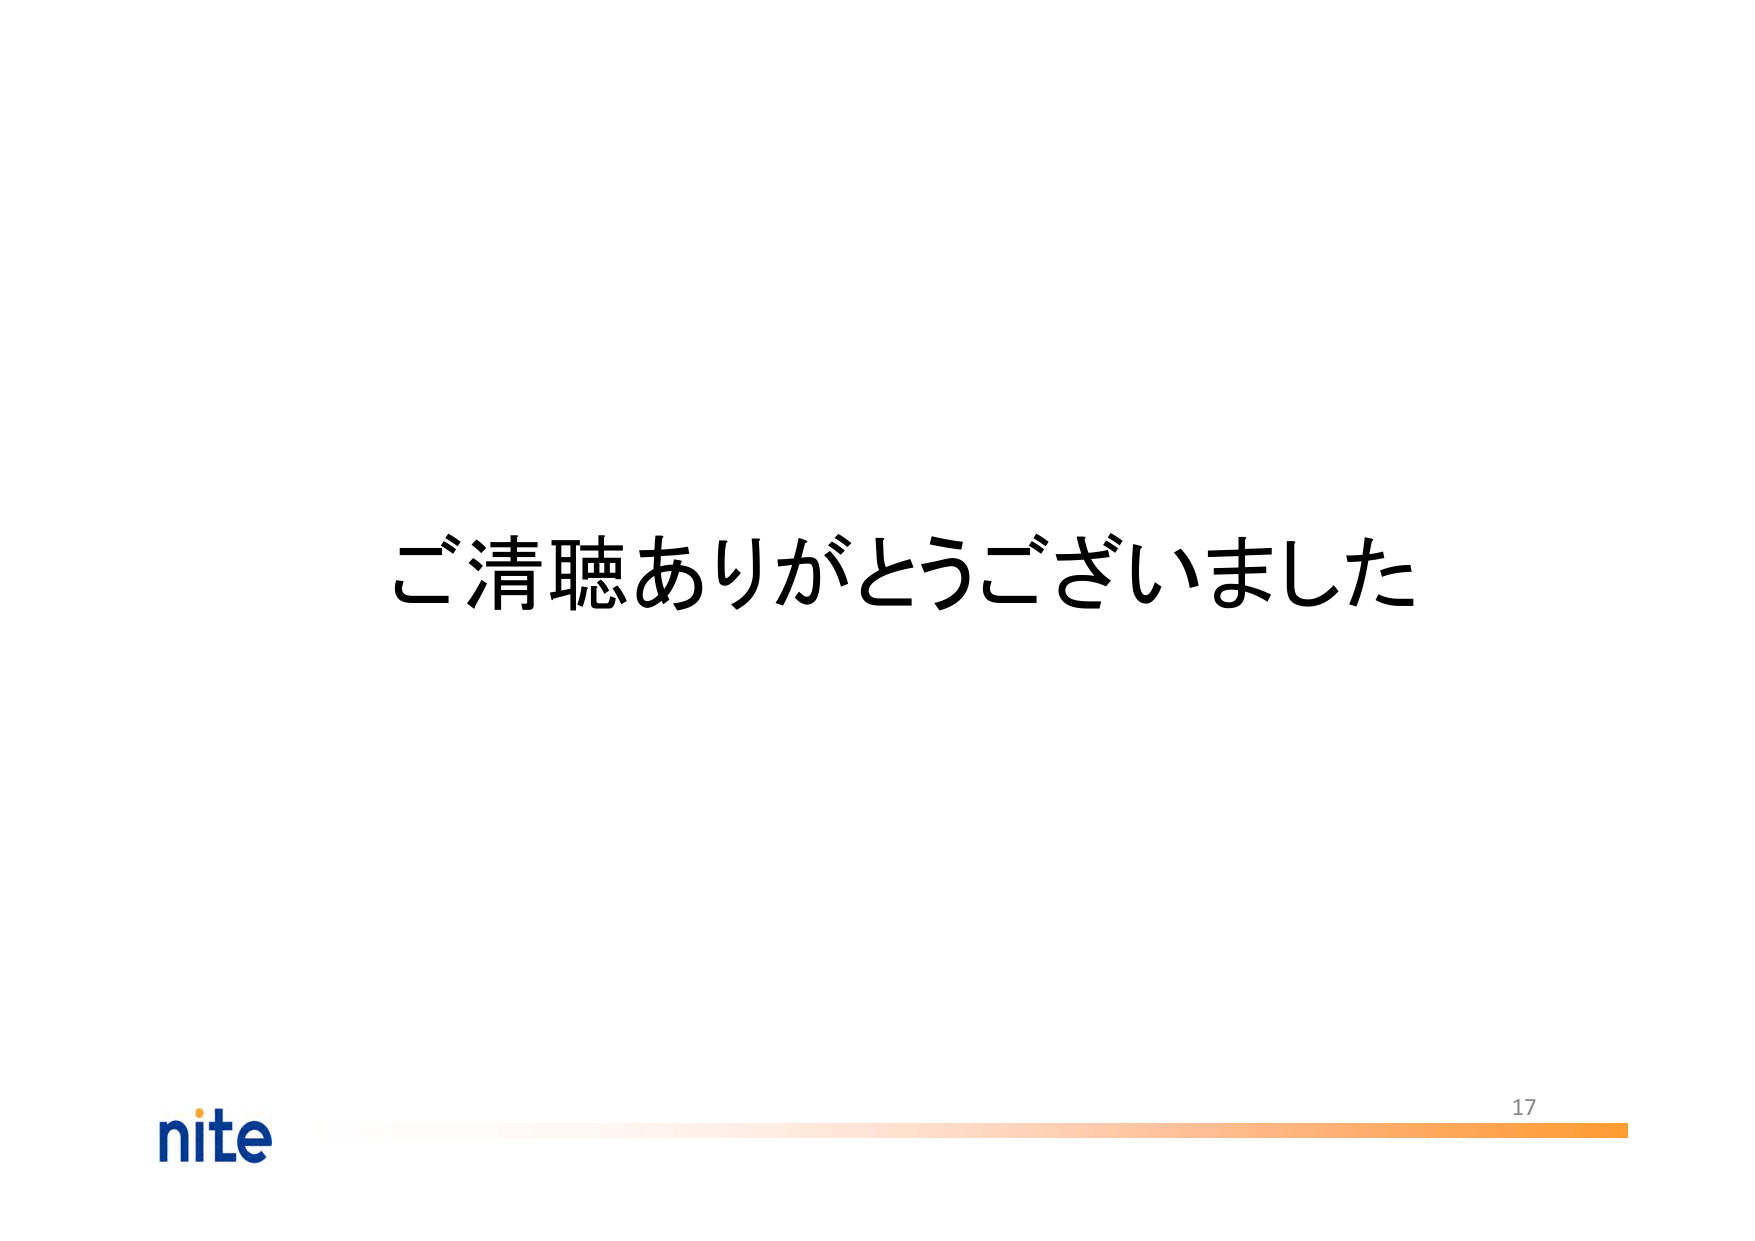
ご清聴ありがとうございました
nite
17